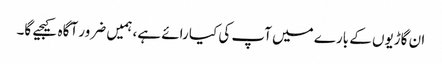
ان گاڑیوں کے بارے میں آپ کی کیا رائے ہے، ہمیں ضرور آگاہ کیجیے گا۔